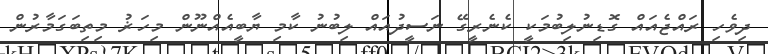
ދިވެހި ރައްޖެއައް ގޮޑިނުލިބުމަކީ ކެނެރީގޭ ނަސީދުއައް ލިބުނު ކާމި ޔާބީއެއްނޫން މިހަޜު މިތިބަގަމާރުން